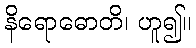
နိရောဓောတိ၊ ဟူ၍။